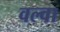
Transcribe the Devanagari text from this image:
वल्वा